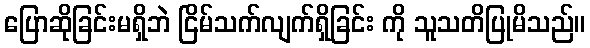
ပြောဆိုခြင်းမရှိဘဲ ငြိမ်သက်လျက်ရှိခြင်း ကို သူသတိပြုမိသည်။